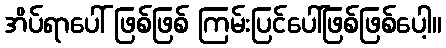
အိပ်ရာပေါ် ဖြစ်ဖြစ် ကြမ်းပြင်ပေါ်ဖြစ်ဖြစ်ပေါ့။